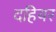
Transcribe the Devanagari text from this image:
दहियर